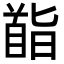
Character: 𮩡